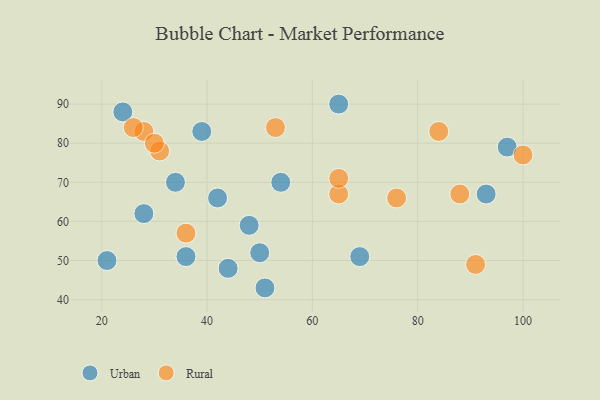
{"axis": {"x": "GDP", "y": "Life Expectancy"}, "legend": ["Rural", "Urban"], "data": [{"x": "21", "y": 50, "type": "Urban"}, {"x": "93", "y": 67, "type": "Urban"}, {"x": "54", "y": 70, "type": "Urban"}, {"x": "97", "y": 79, "type": "Urban"}, {"x": "34", "y": 70, "type": "Urban"}, {"x": "44", "y": 48, "type": "Urban"}, {"x": "24", "y": 88, "type": "Urban"}, {"x": "28", "y": 62, "type": "Urban"}, {"x": "48", "y": 59, "type": "Urban"}, {"x": "51", "y": 43, "type": "Urban"}, {"x": "36", "y": 51, "type": "Urban"}, {"x": "69", "y": 51, "type": "Urban"}, {"x": "39", "y": 83, "type": "Urban"}, {"x": "42", "y": 66, "type": "Urban"}, {"x": "65", "y": 90, "type": "Urban"}, {"x": "50", "y": 52, "type": "Urban"}, {"x": "53", "y": 84, "type": "Rural"}, {"x": "65", "y": 67, "type": "Rural"}, {"x": "28", "y": 83, "type": "Rural"}, {"x": "88", "y": 67, "type": "Rural"}, {"x": "36", "y": 57, "type": "Rural"}, {"x": "65", "y": 71, "type": "Rural"}, {"x": "84", "y": 83, "type": "Rural"}, {"x": "100", "y": 77, "type": "Rural"}, {"x": "91", "y": 49, "type": "Rural"}, {"x": "31", "y": 78, "type": "Rural"}, {"x": "76", "y": 66, "type": "Rural"}, {"x": "30", "y": 80, "type": "Rural"}, {"x": "26", "y": 84, "type": "Rural"}]}